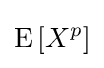
\operatorname {E} \left[X^{p}\right]